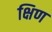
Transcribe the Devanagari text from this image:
क्षिण